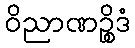
ဝိညာဏဉ္စိဒံ